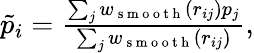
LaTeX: \begin{array}{r}{\tilde{p}_{i}=\frac{\sum_{j}w_{\mathrm{~s~m~o~o~t~h~}}(r_{ij})p_{j}}{\sum_{j}w_{\mathrm{~s~m~o~o~t~h~}}(r_{ij})},}\end{array}